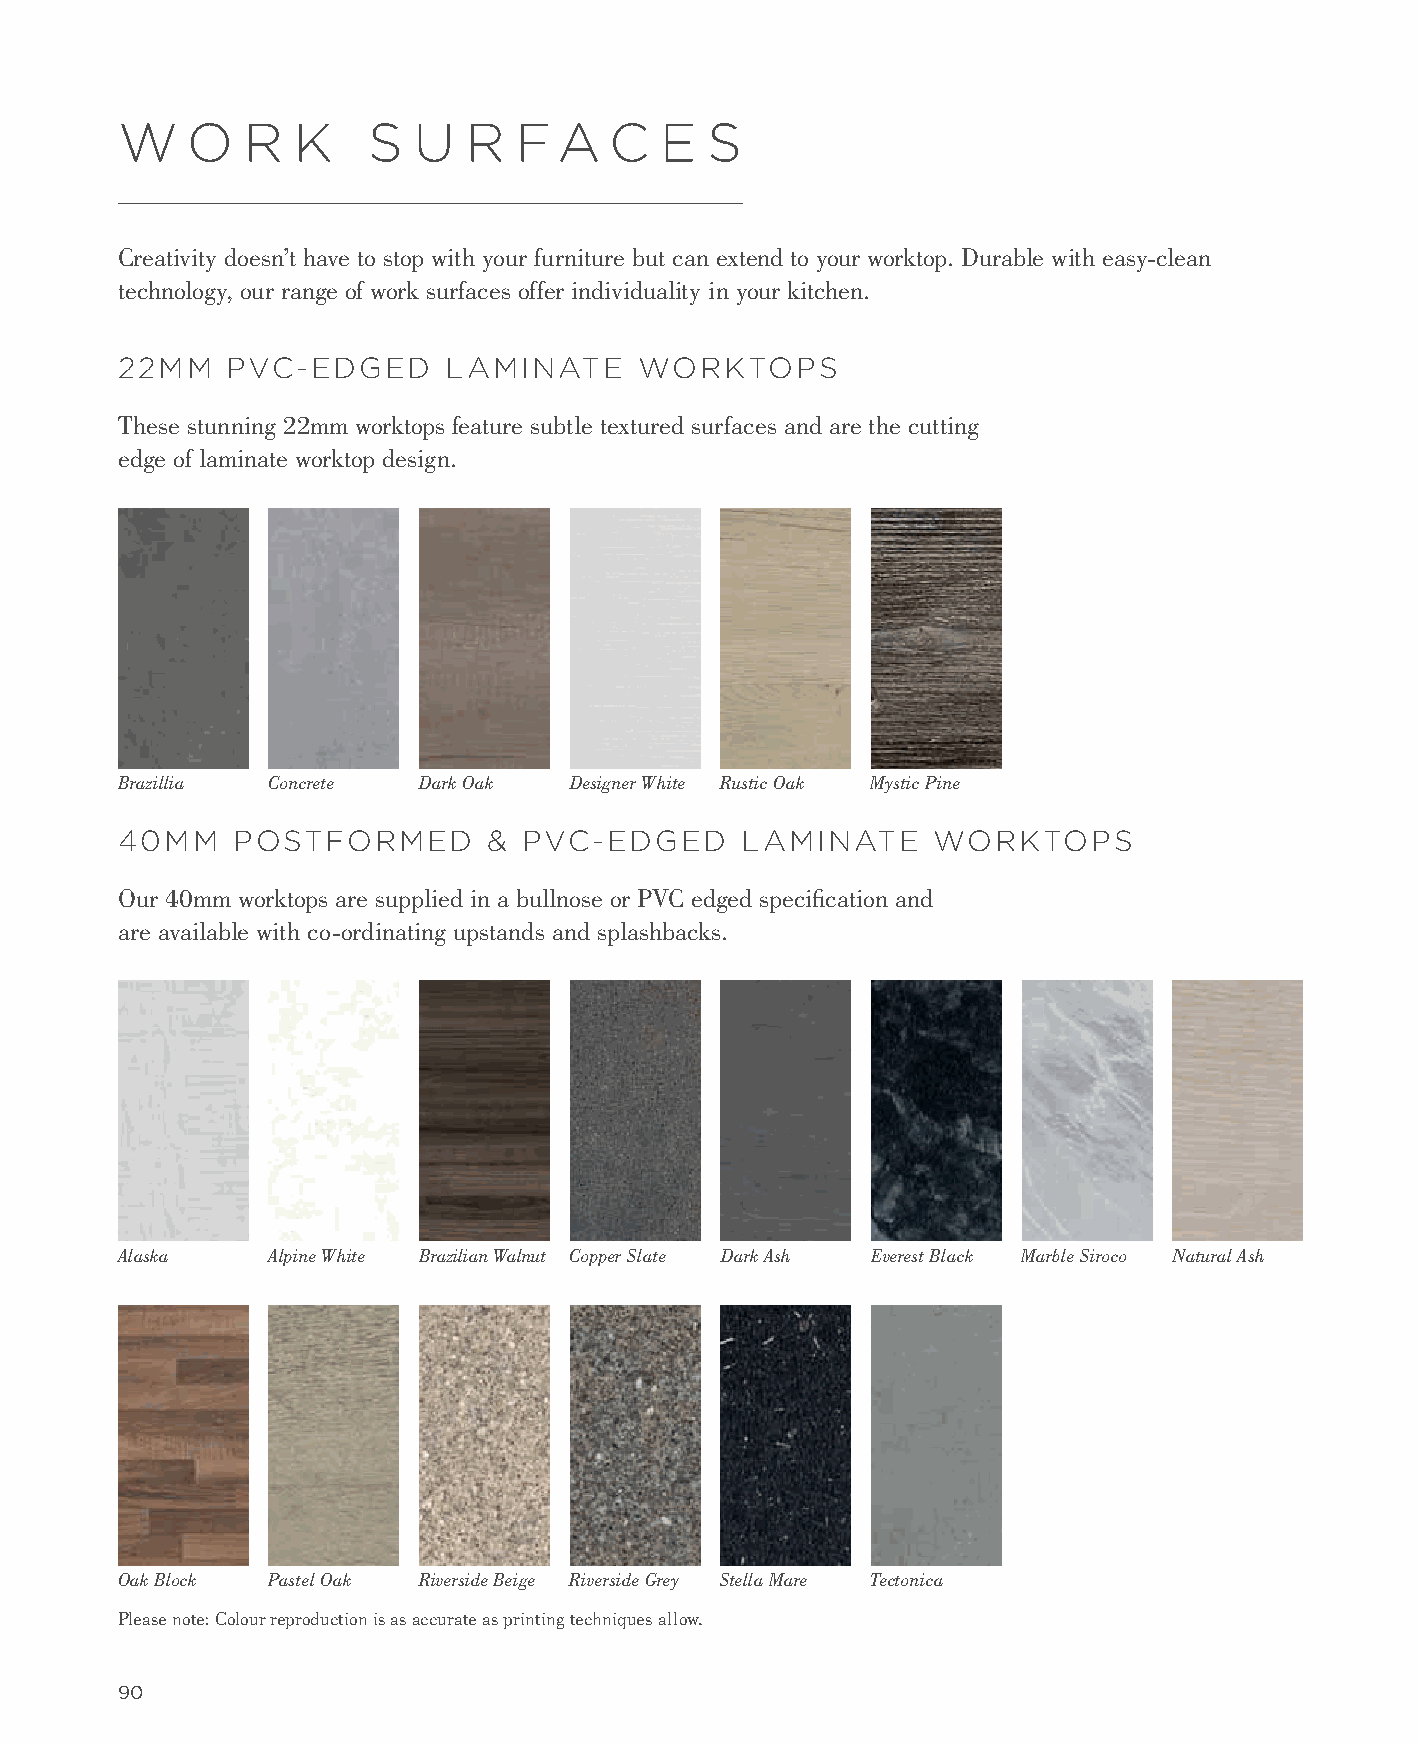
W   O   R  K    S  U   R  F  A  C   E  S
 Creativity doesn’t have to stop with your furniture but can extend to your worktop. Durable with easy-clean
 technology, our range of work surfaces offer individuality in your kitchen.
 22MM   PVC-EDGED      LAMINATE    WORKTOPS
 These stunning 22mm worktops feature subtle textured surfaces and are the cutting
 edge of laminate worktop design.
 Brazillia Concrete  Dark Oak  Designer White Rustic Oak Mystic Pine
 40MM   POSTFORMED       &  PVC-EDGED     LAMINATE     WORKTOPS
 Our 40mm worktops are supplied in a bullnose or PVC edged specification and
 are available with co-ordinating upstands and splashbacks.
 Alaska    Alpine White Brazilian Walnut Copper Slate Dark Ash Everest Black Marble Siroco Natural Ash
 Oak Block Pastel Oak Riverside Beige Riverside Grey Stella Mare Tectonica
 Please note: Colour reproduction is as accurate as printing techniques allow.
 90